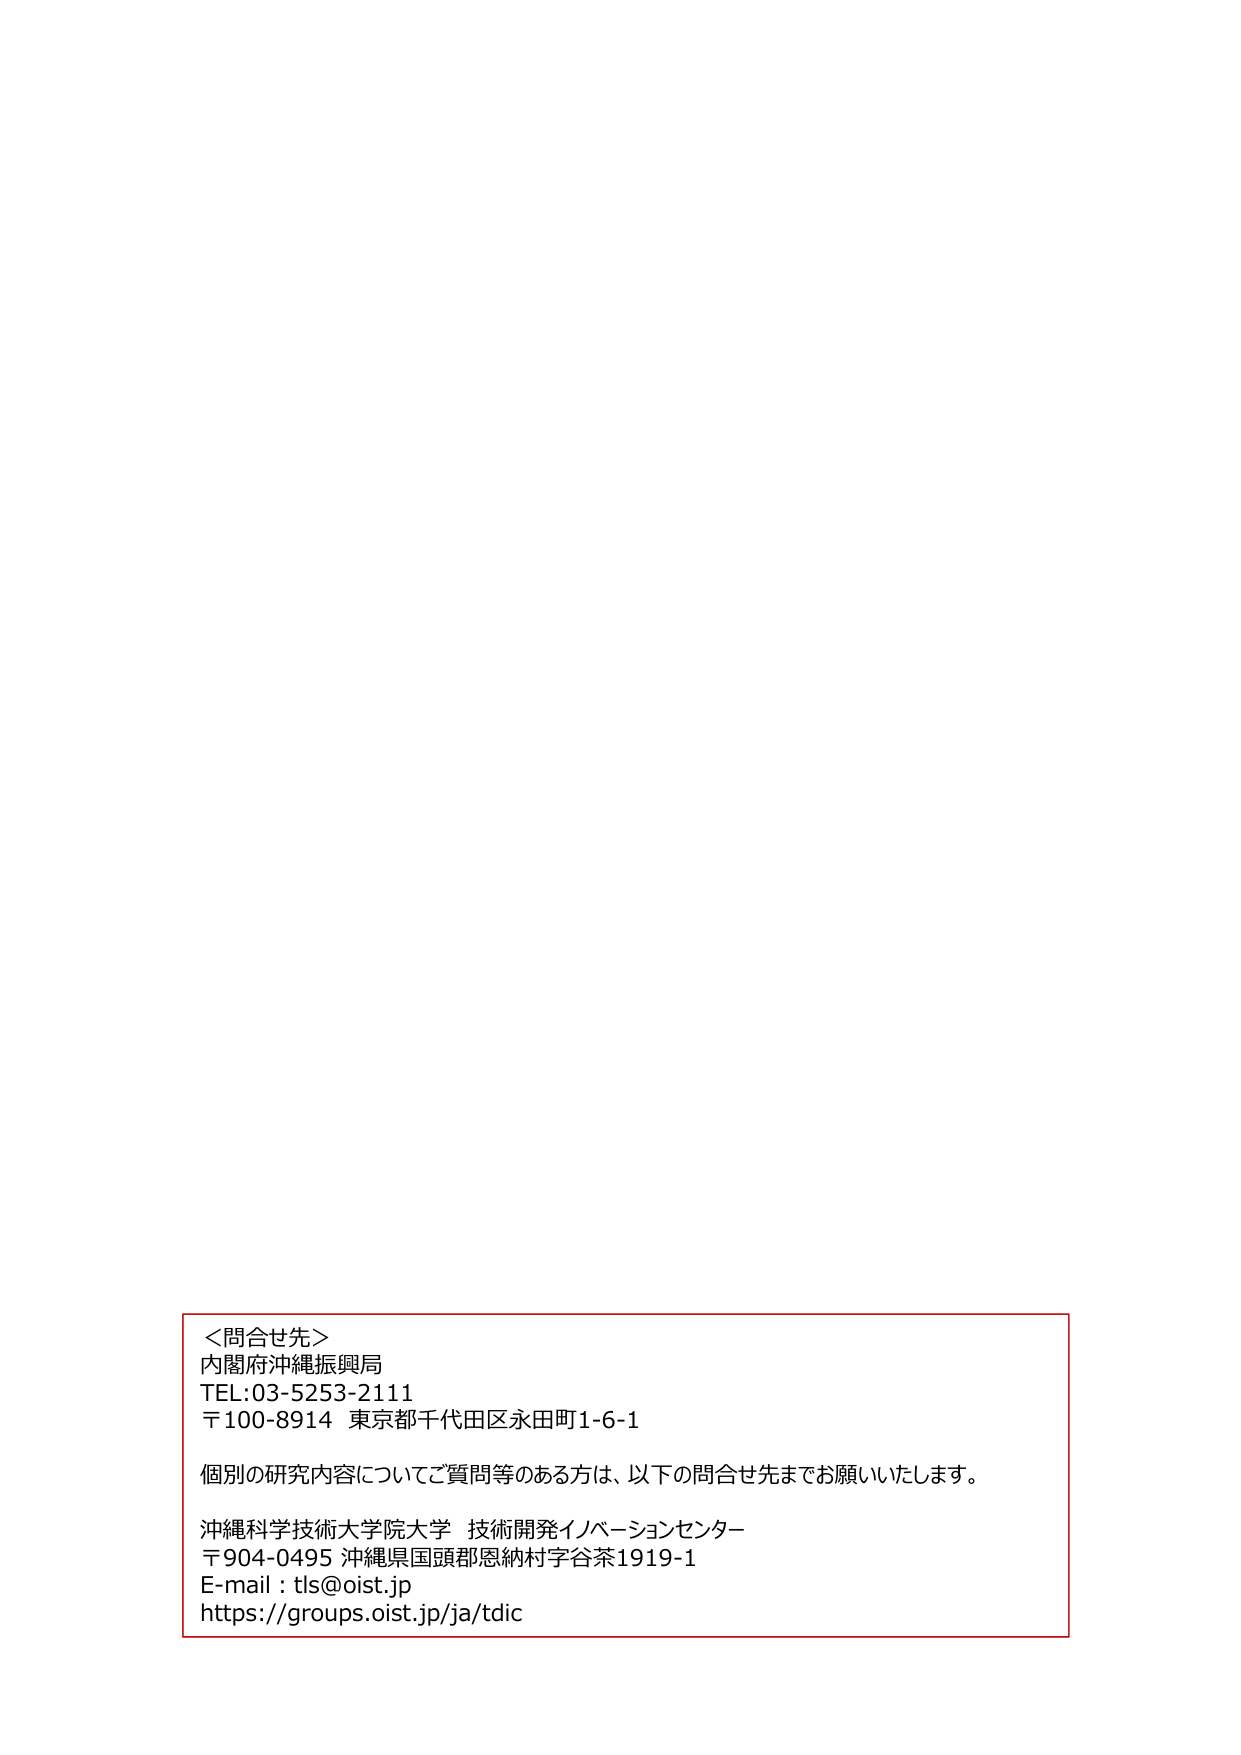
＜問合せ先＞
内閣府沖縄振興局
TEL:03-5253-2111
〒100-8914 東京都千代田区永田町1-6-1

個別の研究内容についてご質問等のある方は、以下の問合せ先までお願いいたします。

沖縄科学技術大学院大学 技術開発イノベーションセンター
〒904-0495 沖縄県国頭郡恩納村字谷茶1919-1
E-mail : tls@oist.jp
https://groups.oist.jp/ja/tdic